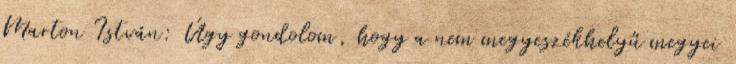
Marton István: Úgy gondolom, hogy a nem megyeszékhelyű megyei